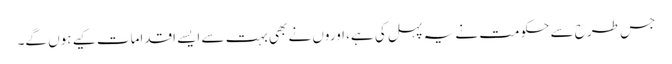
جس طرح سے حکومت نے یہ پہل کی ہے، اوروں نے بھی بہت سے ایسے اقدامات کیے ہوں گے۔